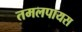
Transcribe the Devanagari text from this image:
तमलपायस